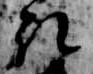
取